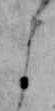
よ